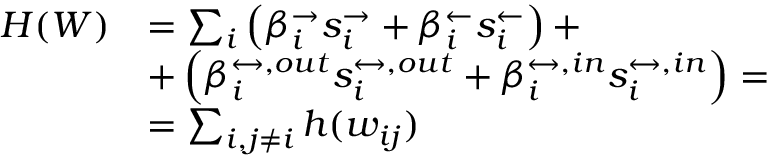
\begin{array} { r l } { H ( W ) } & { = \sum _ { i } \left( \beta _ { i } ^ { \rightarrow } s _ { i } ^ { \rightarrow } + \beta _ { i } ^ { \leftarrow } s _ { i } ^ { \leftarrow } \right) + } \\ & { + \left( \beta _ { i } ^ { \leftrightarrow , o u t } s _ { i } ^ { \leftrightarrow , o u t } + \beta _ { i } ^ { \leftrightarrow , i n } s _ { i } ^ { \leftrightarrow , i n } \right) = } \\ & { = \sum _ { i , j \neq i } h ( w _ { i j } ) } \end{array}